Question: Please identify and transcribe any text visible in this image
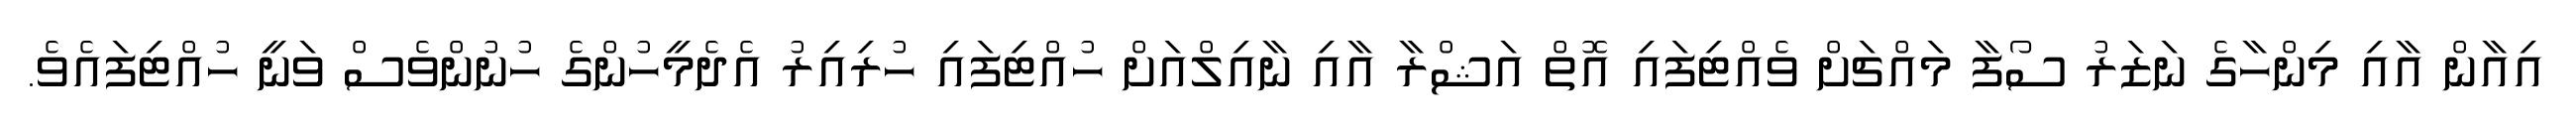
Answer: އިއާން އާއި މިންހާގެ ނަޒަރު ސޯފާ މައްޗަށް ވެއްޓިފައި އޮތް އަޝްރާ އާއި ނާއިލްއަށް ހުއްޓިފައި ހުރިއިރު އެދެމީހުންގެ ހުނުންވެސް ވަނީ ހުއްޓިފައެވެ.